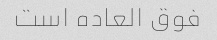
فوق العاده است